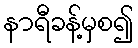
နာရီခန့်မှစ၍